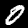
Digit: 0